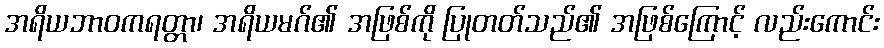
အရိယဘာဝကရတ္တာ၊ အရိယမဂ်၏ အဖြစ်ကို ပြုတတ်သည်၏ အဖြစ်ကြောင့် လည်းကောင်း